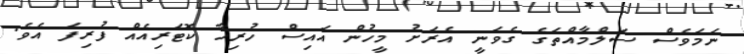
ނަމަވެސް ސަލްމާއްތަގެ ގެވަނީ އެރަށު މީހުން އައިސް ހުރިހާ ކޮޓަރިއެއް ފުރިފަ އެވެ.